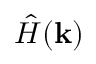
{ \hat { H } } ( \mathbf { k } )